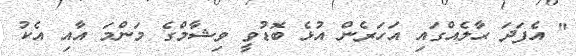
" އެފަދަ ޙާލެއްގައި އަހަރެން އުޅެ ބޮޑުވީ ވިޝާމްގެ މަންމަ އާއި އެކު